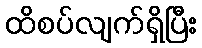
ထိစပ်လျက်ရှိပြီး